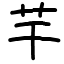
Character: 芉